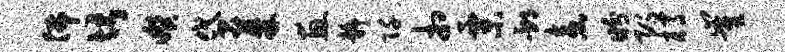
佛堪暌贷蓁惠静阡相粟邳盍盼即樽崔